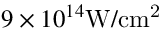
9 \times 1 0 ^ { 1 4 } \mathrm { { W / c m ^ { 2 } } }